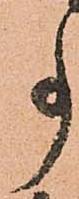
事